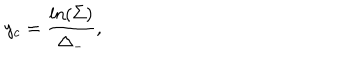
LaTeX: ~ y _ { c } = \frac { \ln ( \Sigma ) } { \Delta _ { - } } ,